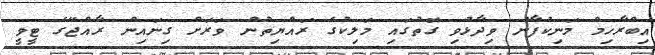
އިބްރާހިމް މަނިކުފާނު ވިދާޅުވި ގޮތުގައި މަލިކުގެ ރައްޔިތުން ވަރަށް ގިނައިން ރާއްޖޭގެ ޓީވީ